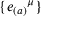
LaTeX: \{ { e _ { ( a ) } } ^ { \mu } \}